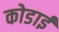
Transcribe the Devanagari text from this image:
कोडाई